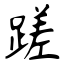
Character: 蹉